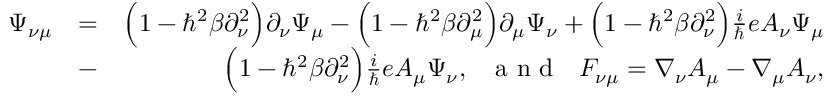
\begin{array} { r l r } { \Psi _ { \nu \mu } } & { = } & { \Big ( 1 - \hbar ^ { 2 } \beta \partial _ { \nu } ^ { 2 } \Big ) \partial _ { \nu } \Psi _ { \mu } - \Big ( 1 - \hbar ^ { 2 } \beta \partial _ { \mu } ^ { 2 } \Big ) \partial _ { \mu } \Psi _ { \nu } + \Big ( 1 - \hbar ^ { 2 } \beta \partial _ { \nu } ^ { 2 } \Big ) \frac { i } { \hbar } e A _ { \nu } \Psi _ { \mu } } \\ & { - } & { \Big ( 1 - \hbar ^ { 2 } \beta \partial _ { \nu } ^ { 2 } \Big ) \frac { i } { \hbar } e A _ { \mu } \Psi _ { \nu } , ~ ~ \textmd { a n d } ~ ~ F _ { \nu \mu } = \nabla _ { \nu } A _ { \mu } - \nabla _ { \mu } A _ { \nu } , } \end{array}